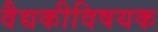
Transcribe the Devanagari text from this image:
वैद्यकीविषयक